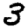
Digit: 3